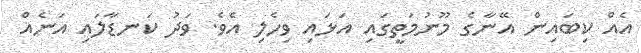
އެއް ކިބައިން އޭނާގެ މޫނުމަތީގައި އަޅައި ވިހެލި އެވެ. ވަދު ކަނޑާލައި އަނެއް